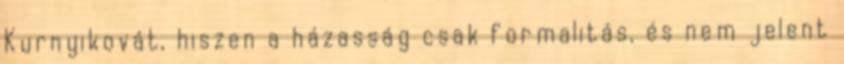
Kurnyikovát, hiszen a házasság csak formalitás, és nem jelent